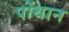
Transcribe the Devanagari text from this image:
पोंथान